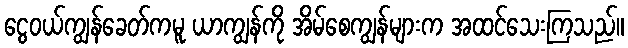
ငွေဝယ်ကျွန်ခေတ်ကမူ ယာကျွန်ကို အိမ်စေကျွန်များက အထင်သေးကြသည်။